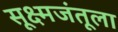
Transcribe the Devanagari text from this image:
सूक्ष्मजंतूला